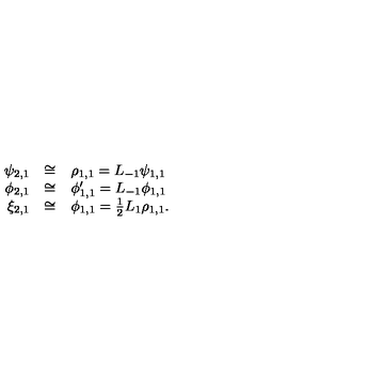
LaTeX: \begin{array} { r c l } { \psi _ { 2 , 1 } } & { \cong } & { \rho _ { 1 , 1 } = L _ { - 1 } \psi _ { 1 , 1 } } \\ { \phi _ { 2 , 1 } } & { \cong } & { \phi _ { 1 , 1 } ^ { \prime } = L _ { - 1 } \phi _ { 1 , 1 } } \\ { \xi _ { 2 , 1 } } & { \cong } & { \phi _ { 1 , 1 } = \frac { 1 } { 2 } L _ { 1 } \rho _ { 1 , 1 } . } \\ \end{array}